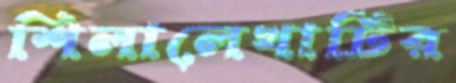
শিলালেখাটির